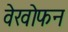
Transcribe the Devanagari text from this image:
वेखोफन